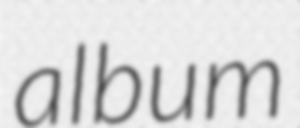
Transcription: album